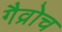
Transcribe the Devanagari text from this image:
गैव्रोच